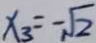
x _ { 3 } = - \sqrt { 2 }